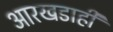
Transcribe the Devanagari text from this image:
आरखडाही